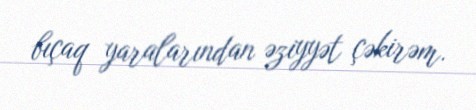
bıçaq yaralarından əziyyət çəkirəm.